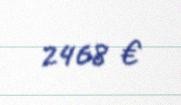
2468 €